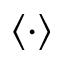
\langle \cdot \rangle